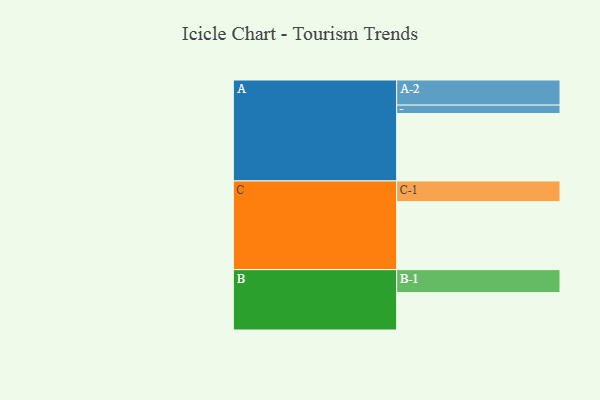
{"axis": {"x": "Segment", "y": "Value"}, "legend": ["", "A", "B", "C"], "data": [{"x": "A", "y": 566, "type": ""}, {"x": "B", "y": 314, "type": ""}, {"x": "C", "y": 571, "type": ""}, {"x": "A-1", "y": 71, "type": "A"}, {"x": "A-2", "y": 211, "type": "A"}, {"x": "B-1", "y": 193, "type": "B"}, {"x": "C-1", "y": 174, "type": "C"}]}